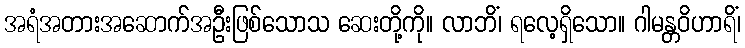
အရံအတားအဆောက်အဦးဖြစ်သောသ ဆေးတို့ကို။ လာဘိံ၊ ရလေ့ရှိသော။ ဂါမန္တဝိဟာရိံ၊